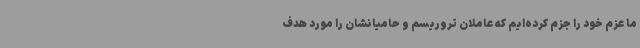
ما عزم خود را جزم کرده‌ایم که عاملان تروریسم و حامیانشان را مورد هدف